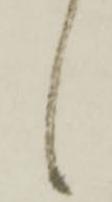
々